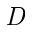
\textit { D }